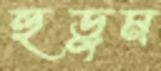
হুড়ুম